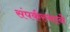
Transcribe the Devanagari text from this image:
संपर्कस्थाने